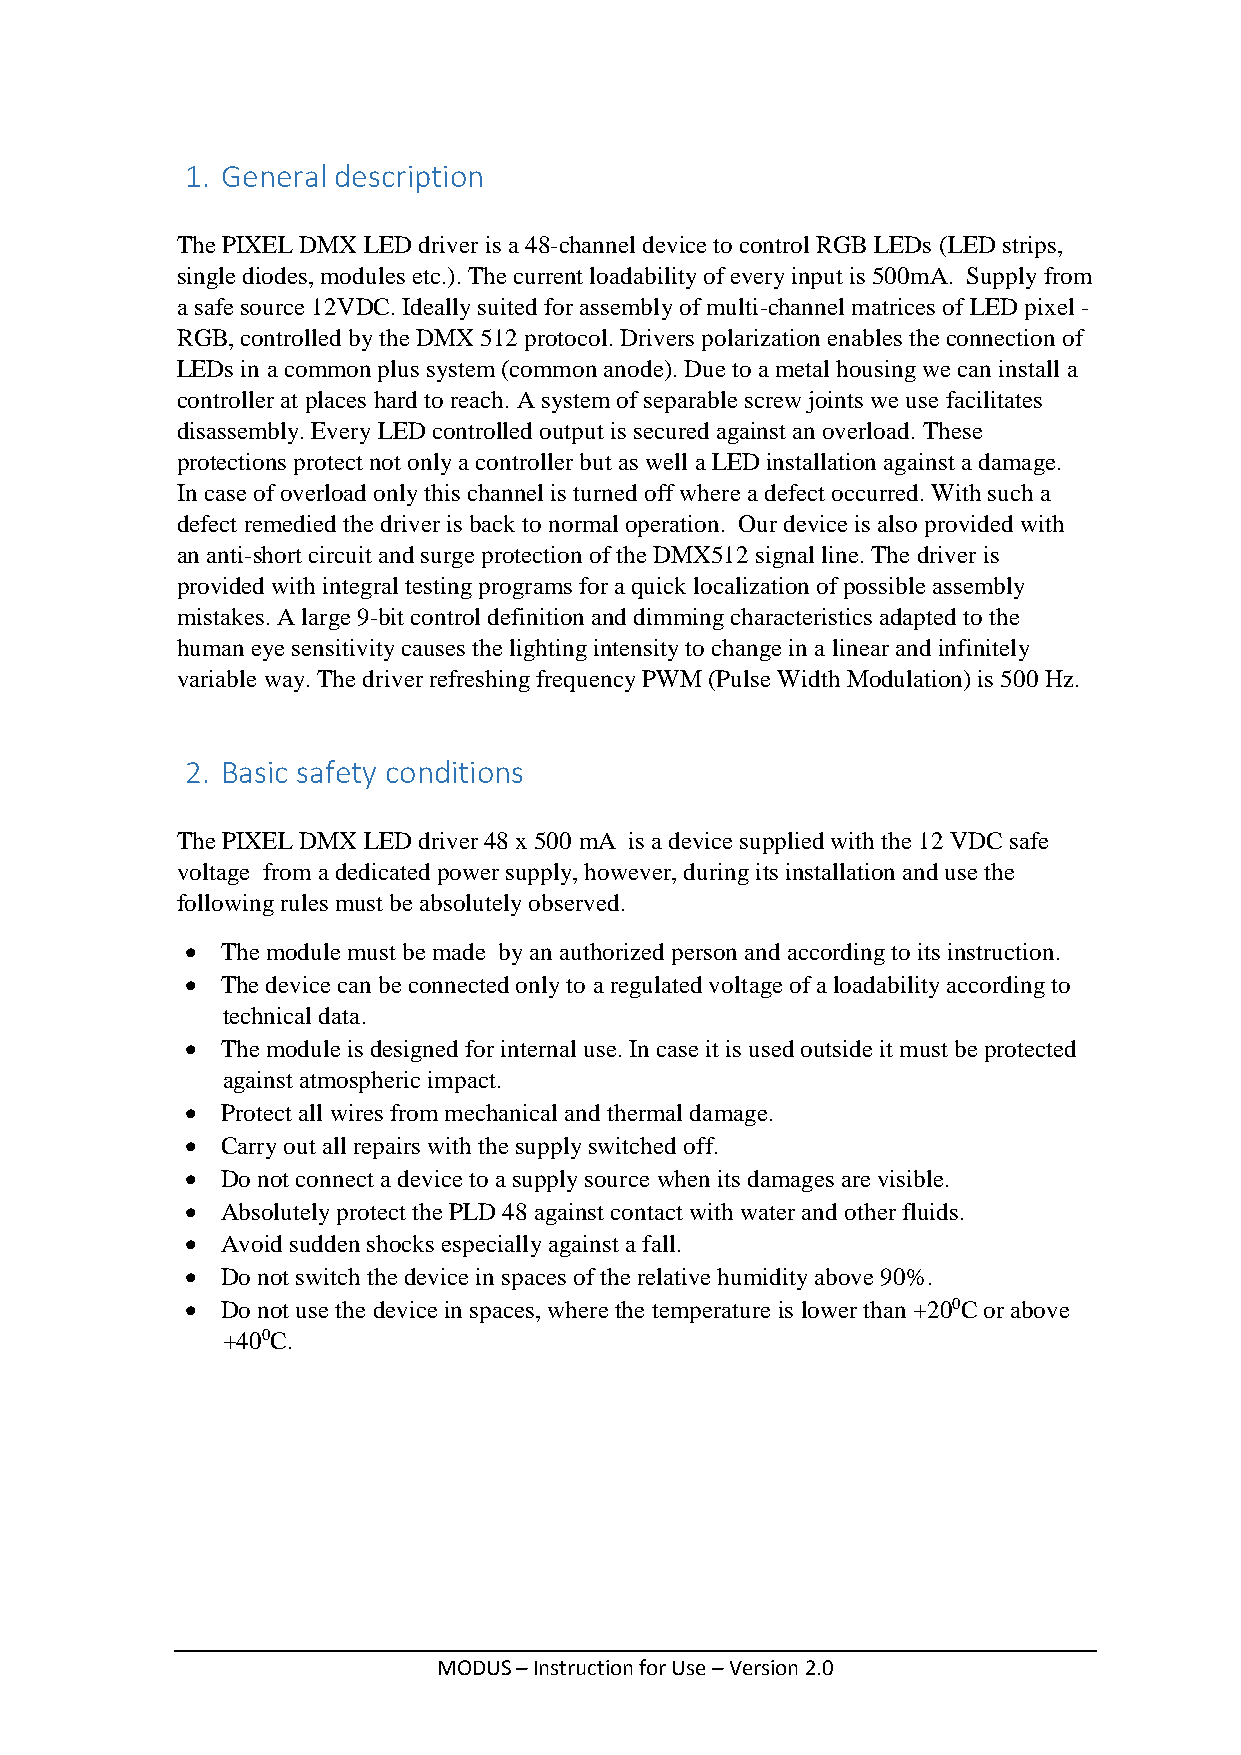
1. General description
 The PIXEL DMX LED driver is a 48-channel device to control RGB LEDs (LED strips,
 single diodes, modules etc.). The current loadability of every input is 500mA. Supply from
 a safe source 12VDC. Ideally suited for assembly of multi-channel matrices of LED pixel -
 RGB, controlled by the DMX 512 protocol. Drivers polarization enables the connection of
 LEDs in a common plus system (common anode). Due to a metal housing we can install a
 controller at places hard to reach. A system of separable screw joints we use facilitates
 disassembly. Every LED controlled output is secured against an overload. These
 protections protect not only a controller but as well a LED installation against a damage.
 In case of overload only this channel is turned off where a defect occurred. With such a
 defect remedied the driver is back to normal operation. Our device is also provided with
 an anti-short circuit and surge protection of the DMX512 signal line. The driver is
 provided with integral testing programs for a quick localization of possible assembly
 mistakes. A large 9-bit control definition and dimming characteristics adapted to the
 human eye sensitivity causes the lighting intensity to change in a linear and infinitely
 variable way. The driver refreshing frequency PWM (Pulse Width Modulation) is 500 Hz.
 2. Basic safety conditions
 The PIXEL DMX LED driver 48 x 500 mA is a device supplied with the 12 VDC safe
 voltage from a dedicated power supply, however, during its installation and use the
 following rules must be absolutely observed.
   The module must be made by an authorized person and according to its instruction.
   The device can be connected only to a regulated voltage of a loadability according to
 technical data.
   The module is designed for internal use. In case it is used outside it must be protected
 against atmospheric impact.
   Protect all wires from mechanical and thermal damage.
   Carry out all repairs with the supply switched off.
   Do not connect a device to a supply source when its damages are visible.
   Absolutely protect the PLD 48 against contact with water and other fluids.
   Avoid sudden shocks especially against a fall.
   Do not switch the device in spaces of the relative humidity above 90%.
   Do not use the device in spaces, where the temperature is lower than +200C or above
 +400C.
 MODUS – Instruction for Use – Version 2.0